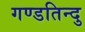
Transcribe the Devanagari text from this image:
गण्डतिन्दु